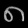
Digit: ၈